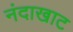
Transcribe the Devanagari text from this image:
नंदाखाट